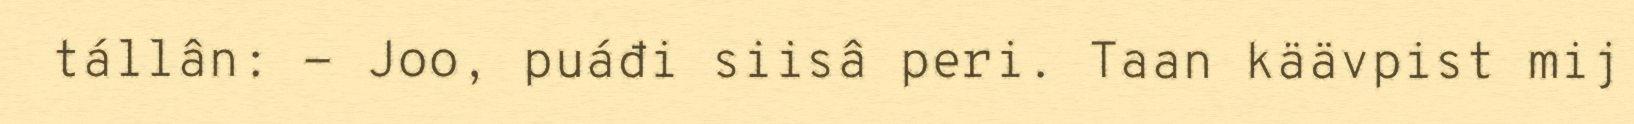
tállân: - Joo, puáđi siisâ peri. Taan käävpist mij